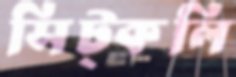
সিট্‌কলি